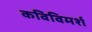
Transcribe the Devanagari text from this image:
कविविमर्श